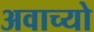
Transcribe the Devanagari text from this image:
अवाच्यो